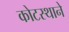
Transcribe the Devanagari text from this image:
कोटस्थाने